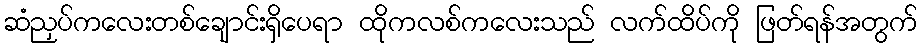
ဆံညှပ်ကလေးတစ်ချောင်းရှိပေရာ ထိုကလစ်ကလေးသည် လက်ထိပ်ကို ဖြတ်ရန်အတွက်